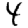
Digit: 4